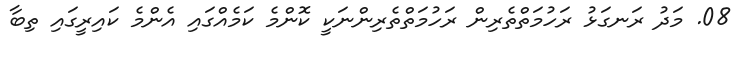
08. މަދު ރަނގަޅު ރަހުމަތްތެރިން ރަހުމަތްތެރިންނަކީ ކޮންމެ ކަމެއްގައި އެންމެ ކައިރީގައި ތިބާ